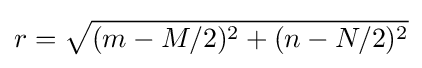
r={\sqrt {(m-M/2)^{2}+(n-N/2)^{2}}}